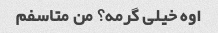
اوه خیلی گرمه؟ من متاسفم